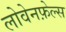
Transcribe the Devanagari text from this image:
लोवेनफ़ेल्स